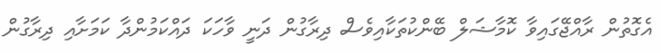
އެގޮތުން ރާއްޖޭގައިވާ ކޮމާޝަލް ބޭންކުތަކާއިވެސް ދިރާގުން ދަނީ ވާހަކަ ދައްކަމުންދާ ކަމަށާއި ދިރާގުން